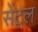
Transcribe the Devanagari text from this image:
सेंट़ल